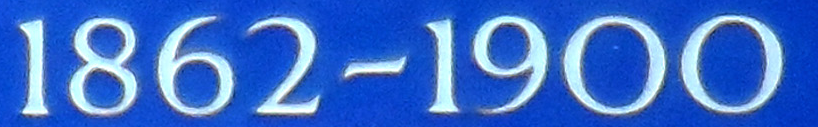
1862-1900